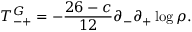
T _ { - + } ^ { G } = - \frac { 2 6 - c } { 1 2 } \partial _ { - } \partial _ { + } \log \rho .